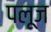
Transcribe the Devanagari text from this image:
पलूज